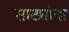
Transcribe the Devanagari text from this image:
साठ्यांना